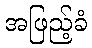
အဖြည့်ခံ